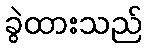
ခွဲထားသည်